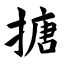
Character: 搪